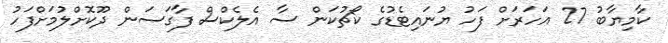
ކާމިޔާބު 27 އަހަރަށް ފަހު ޔުނައިޓެޑުގެ ކޯޗުކަން ސާ އެލެކްސް ފާގަސަން ދޫކޮށްލުމަށްފަހު